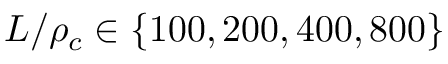
L / \rho _ { c } \in \{ 1 0 0 , 2 0 0 , 4 0 0 , 8 0 0 \}